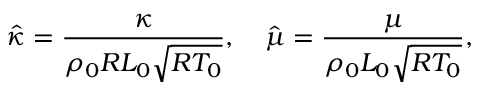
\hat { \kappa } = \frac { \kappa } { { { \rho _ { 0 } } R { L _ { 0 } } \sqrt { R { T _ { 0 } } } } } , \quad \hat { \mu } = \frac { \mu } { { { \rho _ { 0 } } { L _ { 0 } } \sqrt { R { T _ { 0 } } } } } ,